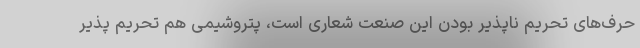
حرف‌های تحریم ناپذیر بودن این صنعت شعاری است، پتروشیمی هم تحریم پذیر